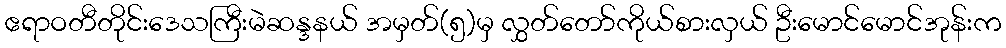
ဧရာဝတီတိုင်းဒေသကြီးမဲဆန္ဒနယ် အမှတ်(၅)မှ လွှတ်တော်ကိုယ်စားလှယ် ဦးမောင်မောင်အုန်းက